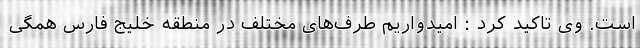
است. وی تاکید کرد : امیدواریم طرف‌های مختلف در منطقه خلیج فارس همگی